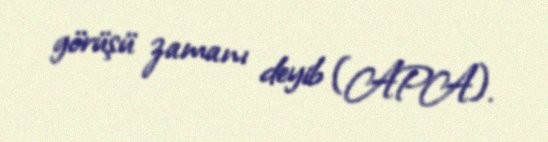
görüşü zamanı deyib (APA).